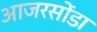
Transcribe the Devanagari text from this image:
आजरसोंडा